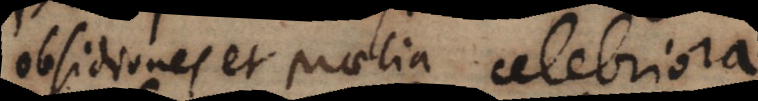
Obsidiones et praelia celebriora.